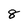
Character: 8